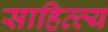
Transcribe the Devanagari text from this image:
साहित्त्य